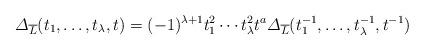
LaTeX: \begin{align*}{\mit \Delta}_{\overline{L}}(t_1, \ldots, t_{\lambda}, t)=(-1)^{\lambda+1}t_1^2\cdots t_{\lambda}^2t^a{\mit \Delta}_{\overline{L}}(t_1^{-1}, \ldots, t_{\lambda}^{-1}, t^{-1})\end{align*}